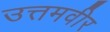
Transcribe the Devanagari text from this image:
उत्तमवीर